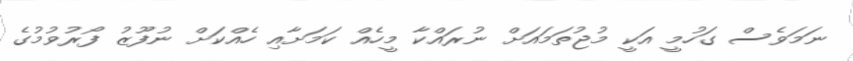
ނަމަވެސް ގަހުމީ އަކީ މުޖުތަމައަށް ނުރައްކާ މީހެއް ކަމަށާއި ހެއްކަށް ނުފޫޒު ފޯރުވުމުގެ